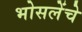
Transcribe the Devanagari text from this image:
भोसलेंचे